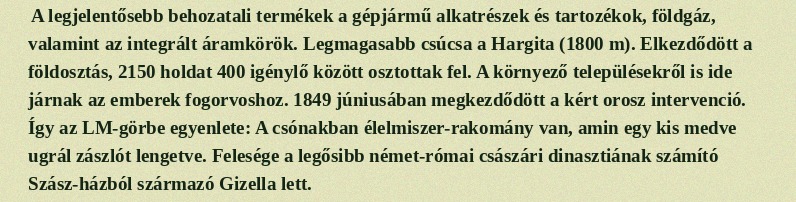
A legjelentősebb behozatali termékek a gépjármű alkatrészek és tartozékok, földgáz, valamint az integrált áramkörök. Legmagasabb csúcsa a Hargita (1800 m). Elkezdődött a földosztás, 2150 holdat 400 igénylő között osztottak fel. A környező településekről is ide járnak az emberek fogorvoshoz. 1849 júniusában megkezdődött a kért orosz intervenció. Így az LM-görbe egyenlete: A csónakban élelmiszer-rakomány van, amin egy kis medve ugrál zászlót lengetve. Felesége a legősibb német-római császári dinasztiának számító Szász-házból származó Gizella lett.